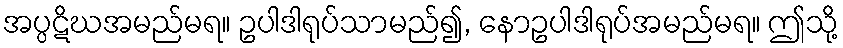
အပ္ပဋိဃအမည်မရ။ ဥပါဒါရုပ်သာမည်၍, နောဥပါဒါရုပ်အမည်မရ။ ဤသို့